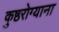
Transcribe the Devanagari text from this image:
कुष्ठरोग्याना